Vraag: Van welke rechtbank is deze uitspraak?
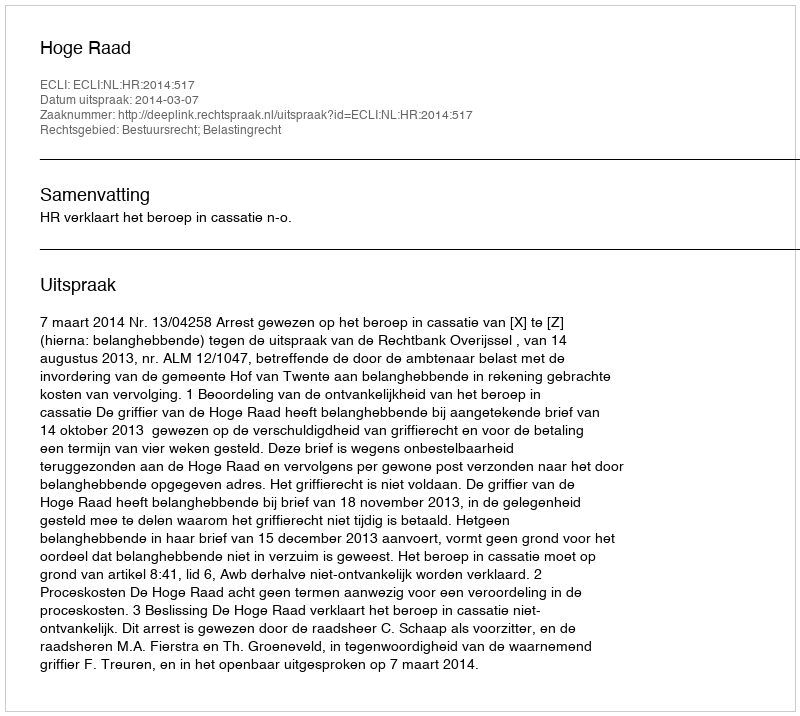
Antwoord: Hoge Raad